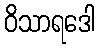
ဝိသာရဒေါ